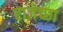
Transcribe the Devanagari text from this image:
राजेच्छा